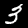
Digit: 3